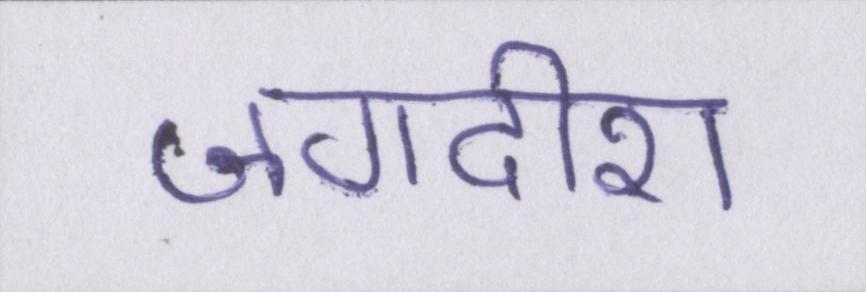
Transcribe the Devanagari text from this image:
जगदीश